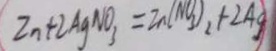
Z n + 2 A g N O _ { 3 } = Z n ( N O _ { 3 } ) _ { 2 } + 2 A g